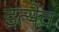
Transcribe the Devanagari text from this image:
इत्येव